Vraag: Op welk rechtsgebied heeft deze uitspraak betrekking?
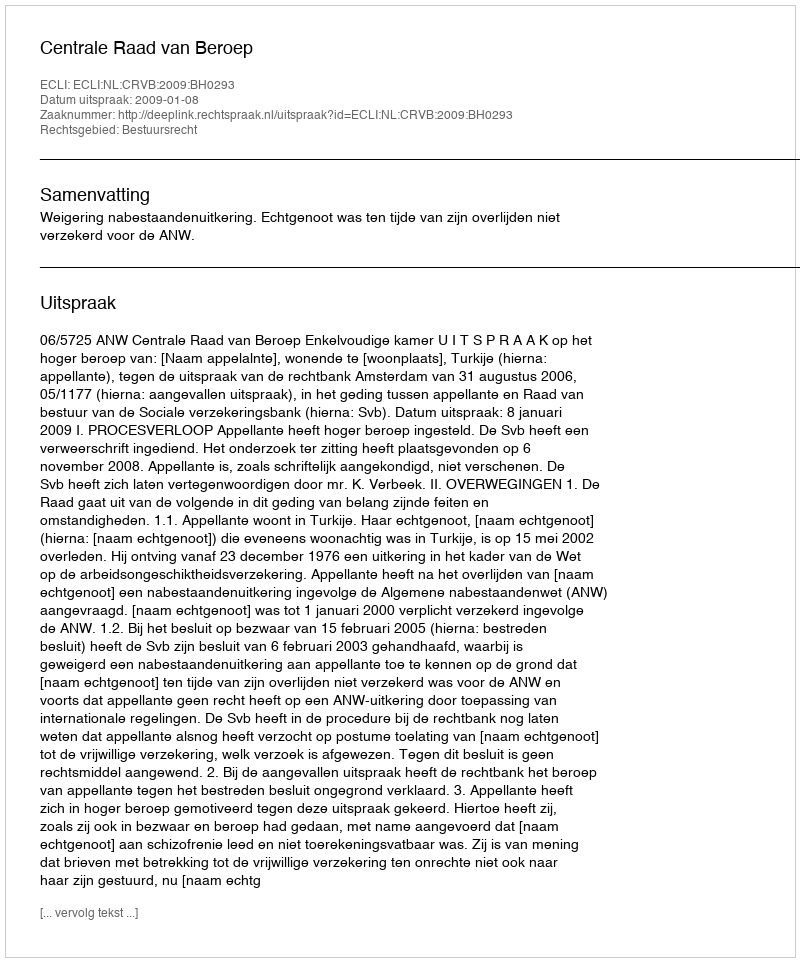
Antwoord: Bestuursrecht